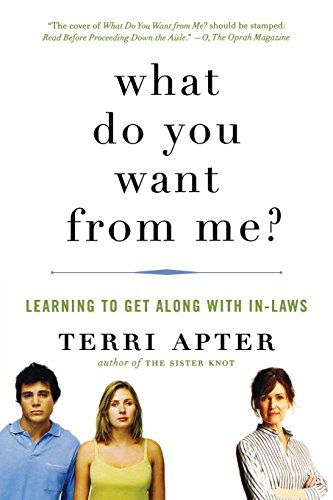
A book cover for What Do You Want from Me?: Learning to Get Along with In-Laws; Terri Apter; Parenting & Relationships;